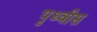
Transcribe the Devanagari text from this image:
पृथ्वीस